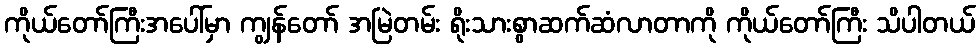
ကိုယ်တော်ကြီးအပေါ်မှာ ကျွန်တော် အမြဲတမ်း ရိုးသားစွာဆက်ဆံလာတာကို ကိုယ်တော်ကြီး သိပါတယ်